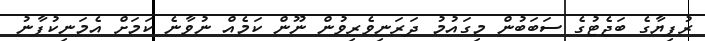
ރުފިޔާގެ ބަޖެޓުގެ ސަބަބުން މިގައުމު ދަރަނިވެރިވުން ނޫން ކަމެއް ނުވާނެ ކަމަށް އެމަނިކުފާނު